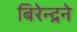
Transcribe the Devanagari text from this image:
बिरेन्द्रने